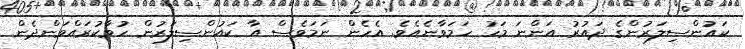
ކައުންސިލަރުންގެ ދައުރު އަންނަ މަހު ހަމަވާނެއެވެ. އެހެން ނަމަވެސް އާ ކައުންސިލަރުން ހުވާކުރައްވަންދެން